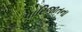
પારિજાતના